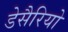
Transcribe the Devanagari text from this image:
डेसैरियो